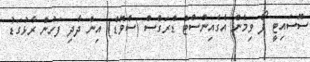
ސޮސައިޓީ ފޯ ވިމެން އެގެއިންސްޓް ޑްރަގްސް (ސްވޮޑް) އިން ދާދި ފަހުން ރާޅުގަޑު